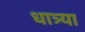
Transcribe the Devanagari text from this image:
धात्र्या